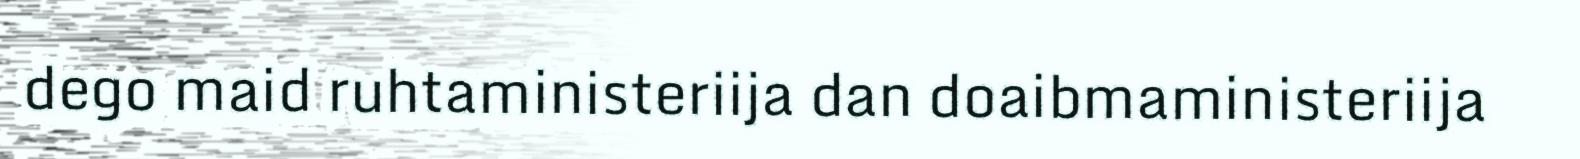
dego maid ruhtaministeriija dan doaibmaministeriija